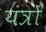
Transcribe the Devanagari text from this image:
यंंत्रों